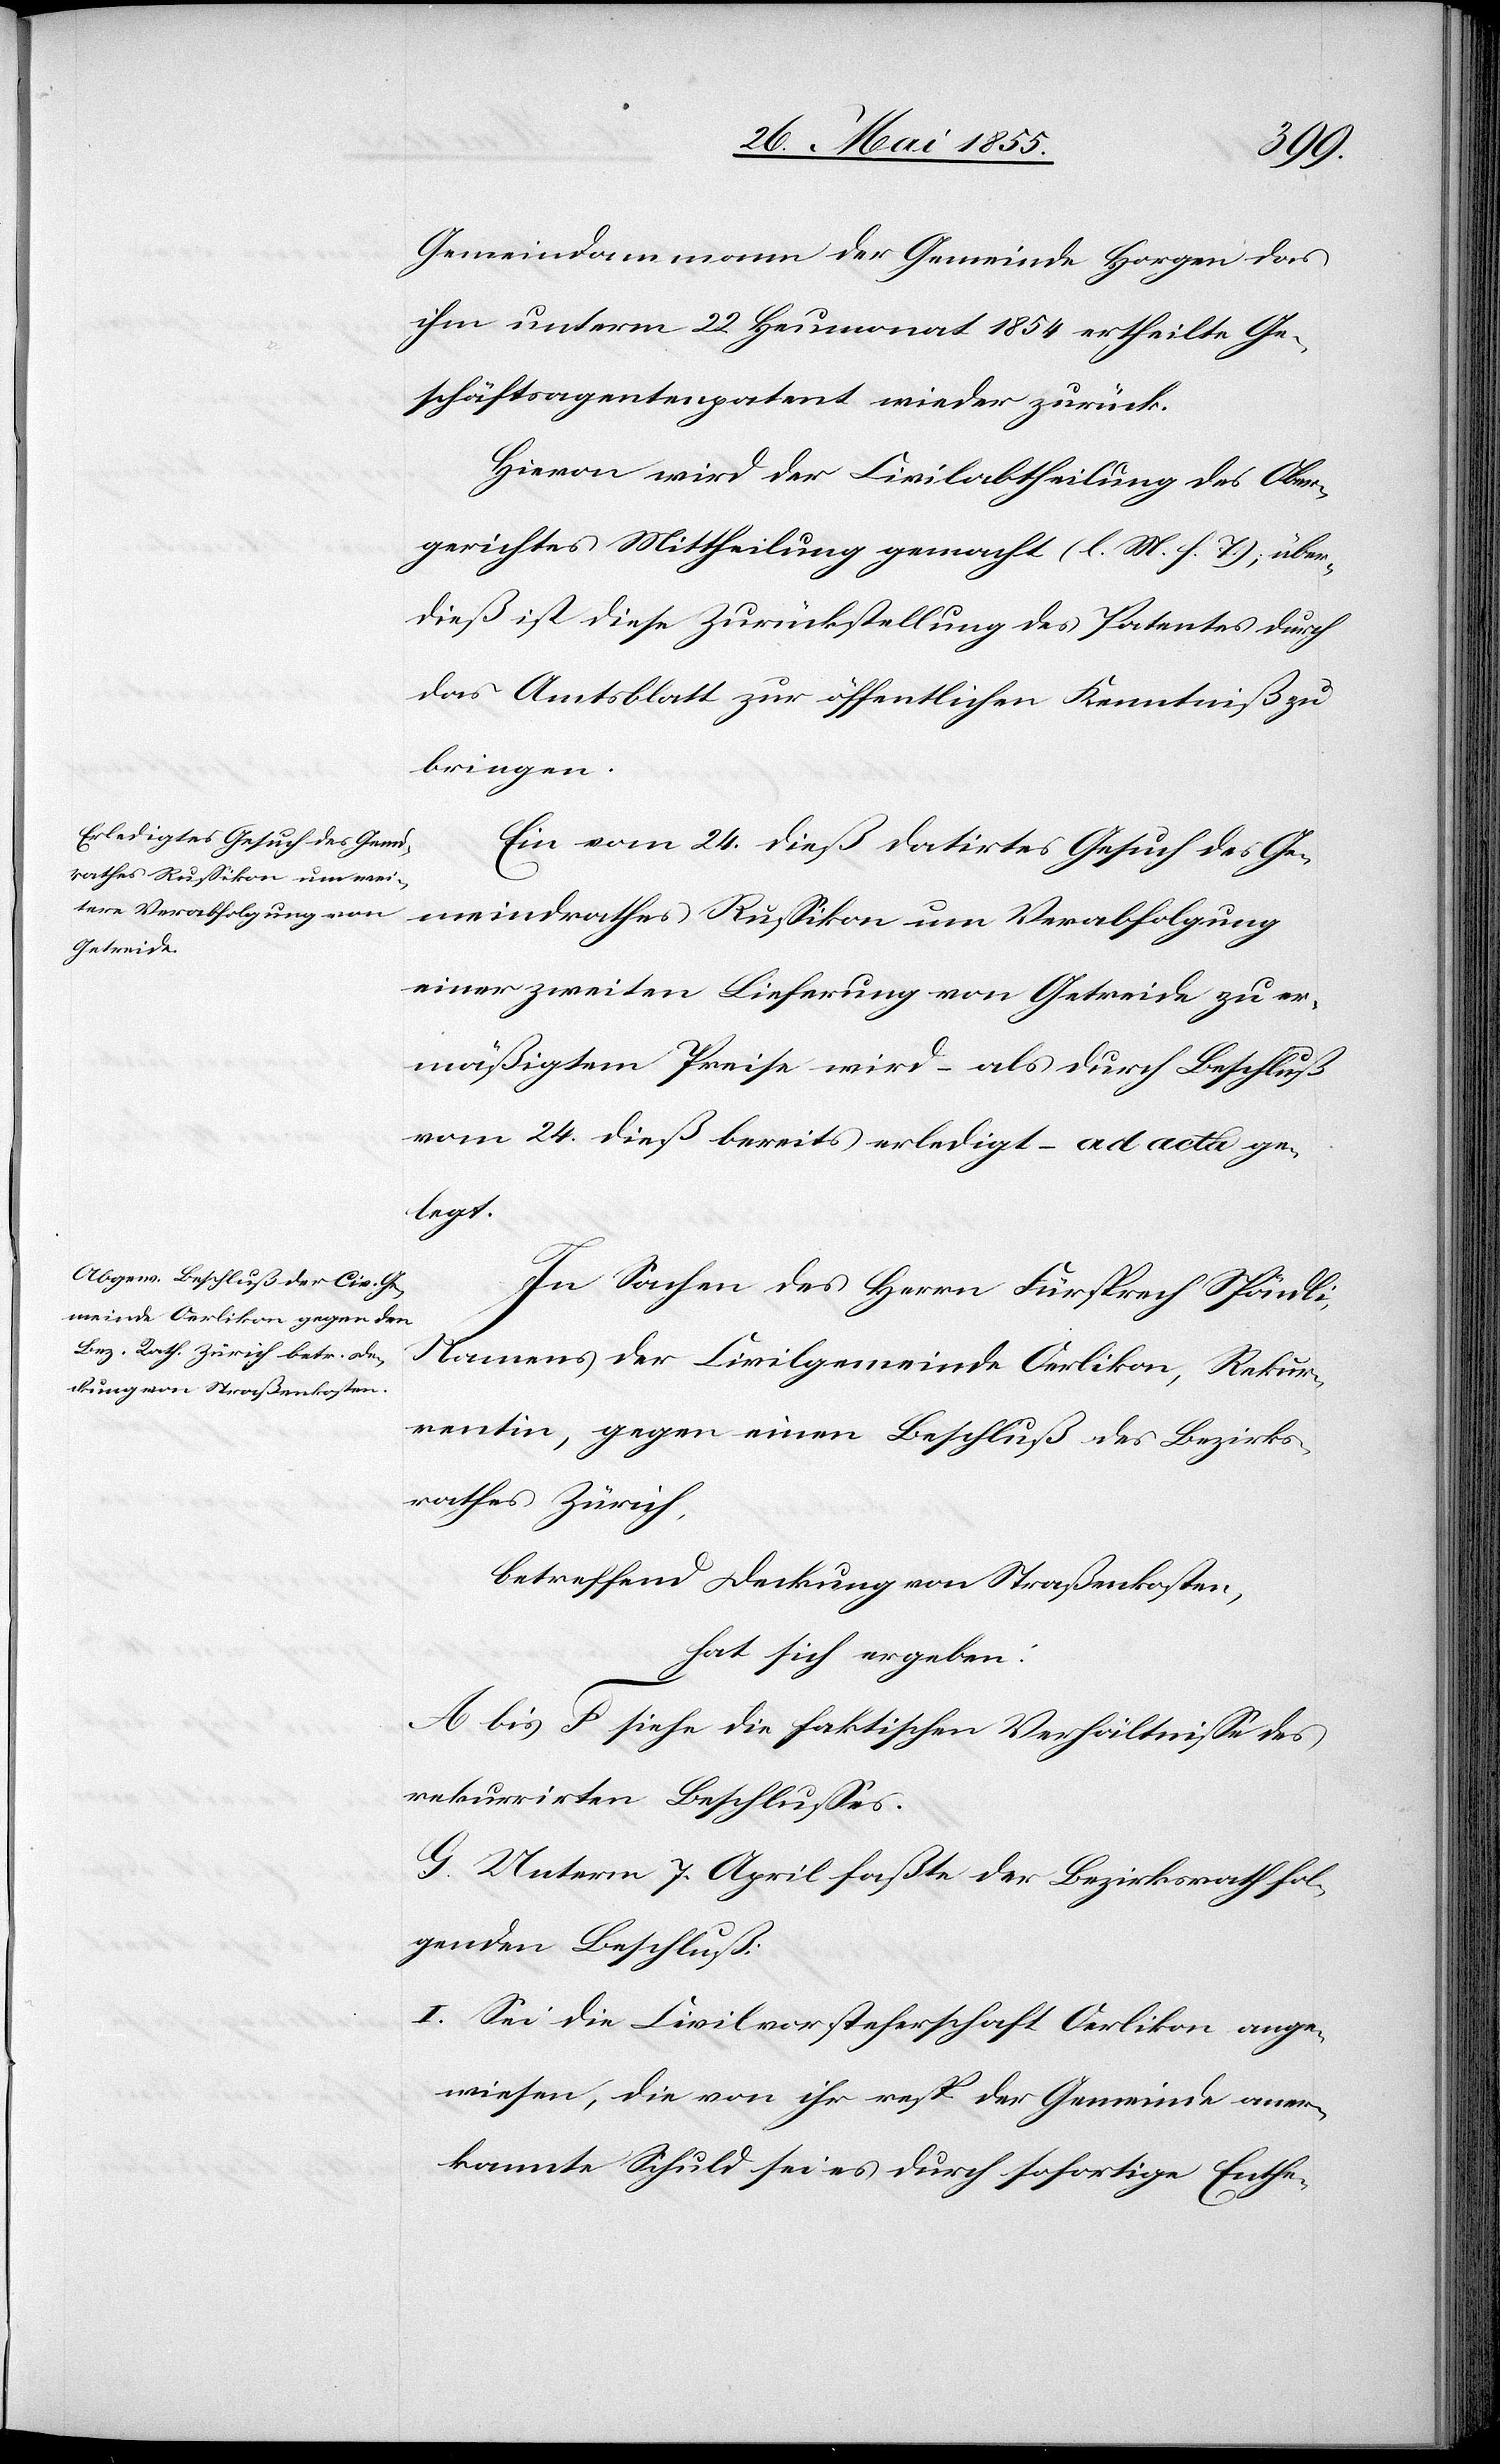
I.
Gemeindammann der Gemeinde Horgen das
ihm unterm 22 Heumonat 1854 ertheilte Ge¬
schäftsagentenpatent wieder zurück.
Hievon wird der Civilabtheilung des Ober¬
gerichtes Mittheilung gemacht (l. M. h. T.); über¬
dieß ist diese Zurückstellung des Patentes durch
das Amtsblatt zur öffentlichen Kenntniß zu
bringen.
Ein vom 24. dieß datirtes Gesuch des Ge¬
meindrathes Russikon um Verabfolgung
einer zweiten Lieferung von Getreide zu er¬
mäßigtem Preise wird – als durch Beschluß
vom 24. dieß bereits erledigt – ad acta ge¬
legt.
In Sachen des Herrn Fürsprech Spöndli,
Namens der Civilgemeinde Oerlikon, Rekur¬
rentin, gegen einen Beschluß des Bezirks¬
rathes Zürich,
betreffend Deckung von Straßenkosten,
hat sich ergeben:
A bis F siehe die faktischen Verhältnisse des
rekurrirten Beschlusses.
G. Unterm 7. April faßte der Bezirksrath fol¬
genden Beschluß:
Sei die Civilvorsteherschaft Oerlikon ange¬
wiesen, die von ihr resp. der Gemeinde aner¬
kannte Schuld sei es durch sofortige Enthe-